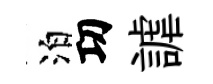
泊㓛謔